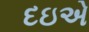
દઇએ